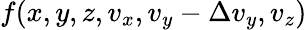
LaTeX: f(x,y,z,v_{x},v_{y}-\Delta v_{y},v_{z})